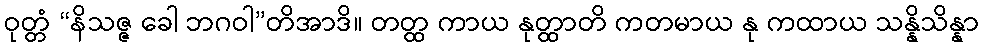
ဝုတ္တံ “နိသဇ္ဇ ခေါ ဘဂဝါ”တိအာဒိ။ တတ္ထ ကာယ နုတ္ထာတိ ကတမာယ နု ကထာယ သန္နိသိန္နာ